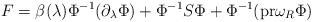
LaTeX: \begin{align*}F=\beta(\lambda)\Phi^{-1}(\partial_\lambda\Phi)+\Phi^{-1}S\Phi+\Phi^{-1}(\mbox{pr}\omega_R\Phi)\end{align*}